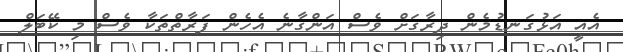
އެއީ އަޅުގަނޑުމެން ދިރާގަށް ވެސް އަންގާނެ އެހެން ފަރާތްތަކާ ވެސް މި ކޭބަލް